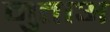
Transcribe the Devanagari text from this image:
मुताअ